Lunatic asylums Punjab 1911-1921 - 1911-1921
Year: 1911
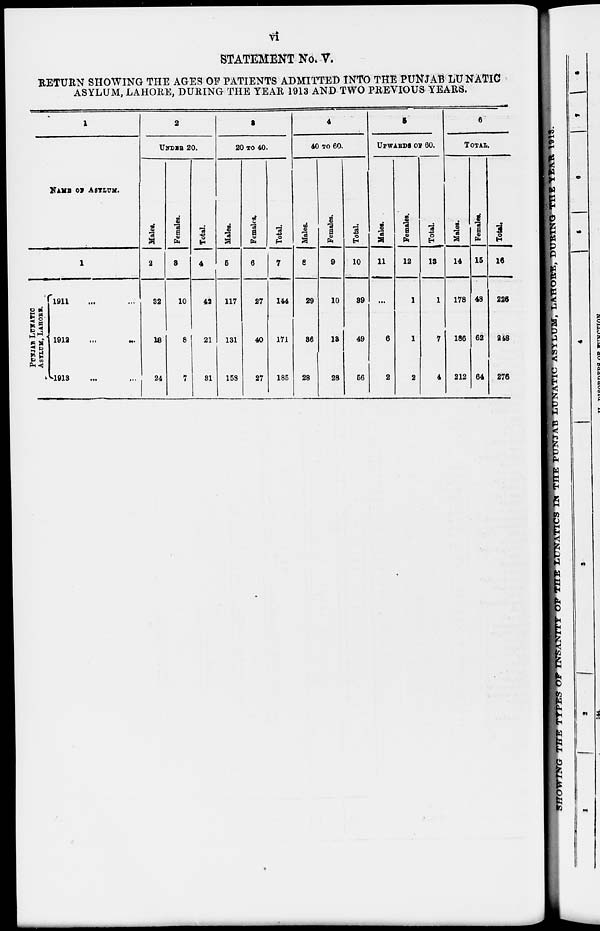
vi
STATEMENT No. V.
RETURN SHOWING THE AGES OF PATIENTS ADMITTED INTO THE PUNJAB LUNATIC
ASYLUM, LAHORE, DURING THE YEAR 1913 AND TWO PREVIOUS YEARS.
1
NAME OF ASYLUM.
1
PUNJAB LUNATIC
ASTLUM, LAHORE.
1911 ... ...
1912 ... ...
1913 ... ...
2
UNDER 20.
Males.
2
32
13
24
Females.
3
10
8
7
Total.
4
42
21
31
3
20 TO 40.
Males.
5
117
131
158
Females.
6
27
40
27
Total.
7
144
171
185
4
40 TO 60.
Males.
8
29
36
28
Females.
9
10
13
28
Total.
10
39
49
56
5
UPWARDS OF 60.
Males.
11
...
6
2
Females.
12
1
1
2
Total.
13
1
7
4
6
TOTAL.
Males.
14
178
186
212
Females.
15
48
62
64
Total.
16
226
248
276